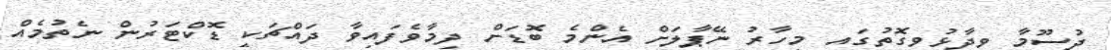
ދުސޫމާ ވިދާޅުވިގޮތުގައި މިހާރު ނޭޕާލަށް އެންމެ ބޮޑަށް ދިމާވެފައިވާ ދައްޗަކީ ޑޮކްޓަރުން ނެތުމެއް